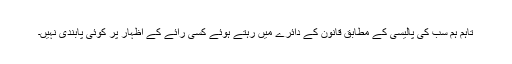
تاہم ہم سب کی پالیسی کے مطابق قانون کے دائرے میں رہتے ہوئے کسی رائے کے اظہار پر کوئی پابندی نہیں۔